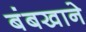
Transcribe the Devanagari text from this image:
बंबखाने